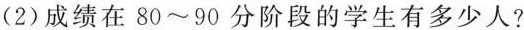
(2)成绩在80~90分阶段的学生有多少人?